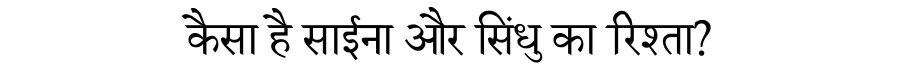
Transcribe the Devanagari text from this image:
कैसा है साईना और सिंधु का रिश्ता?